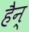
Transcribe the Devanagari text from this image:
हैन्